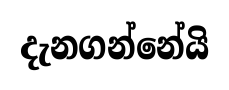
දැනගන්නේයි